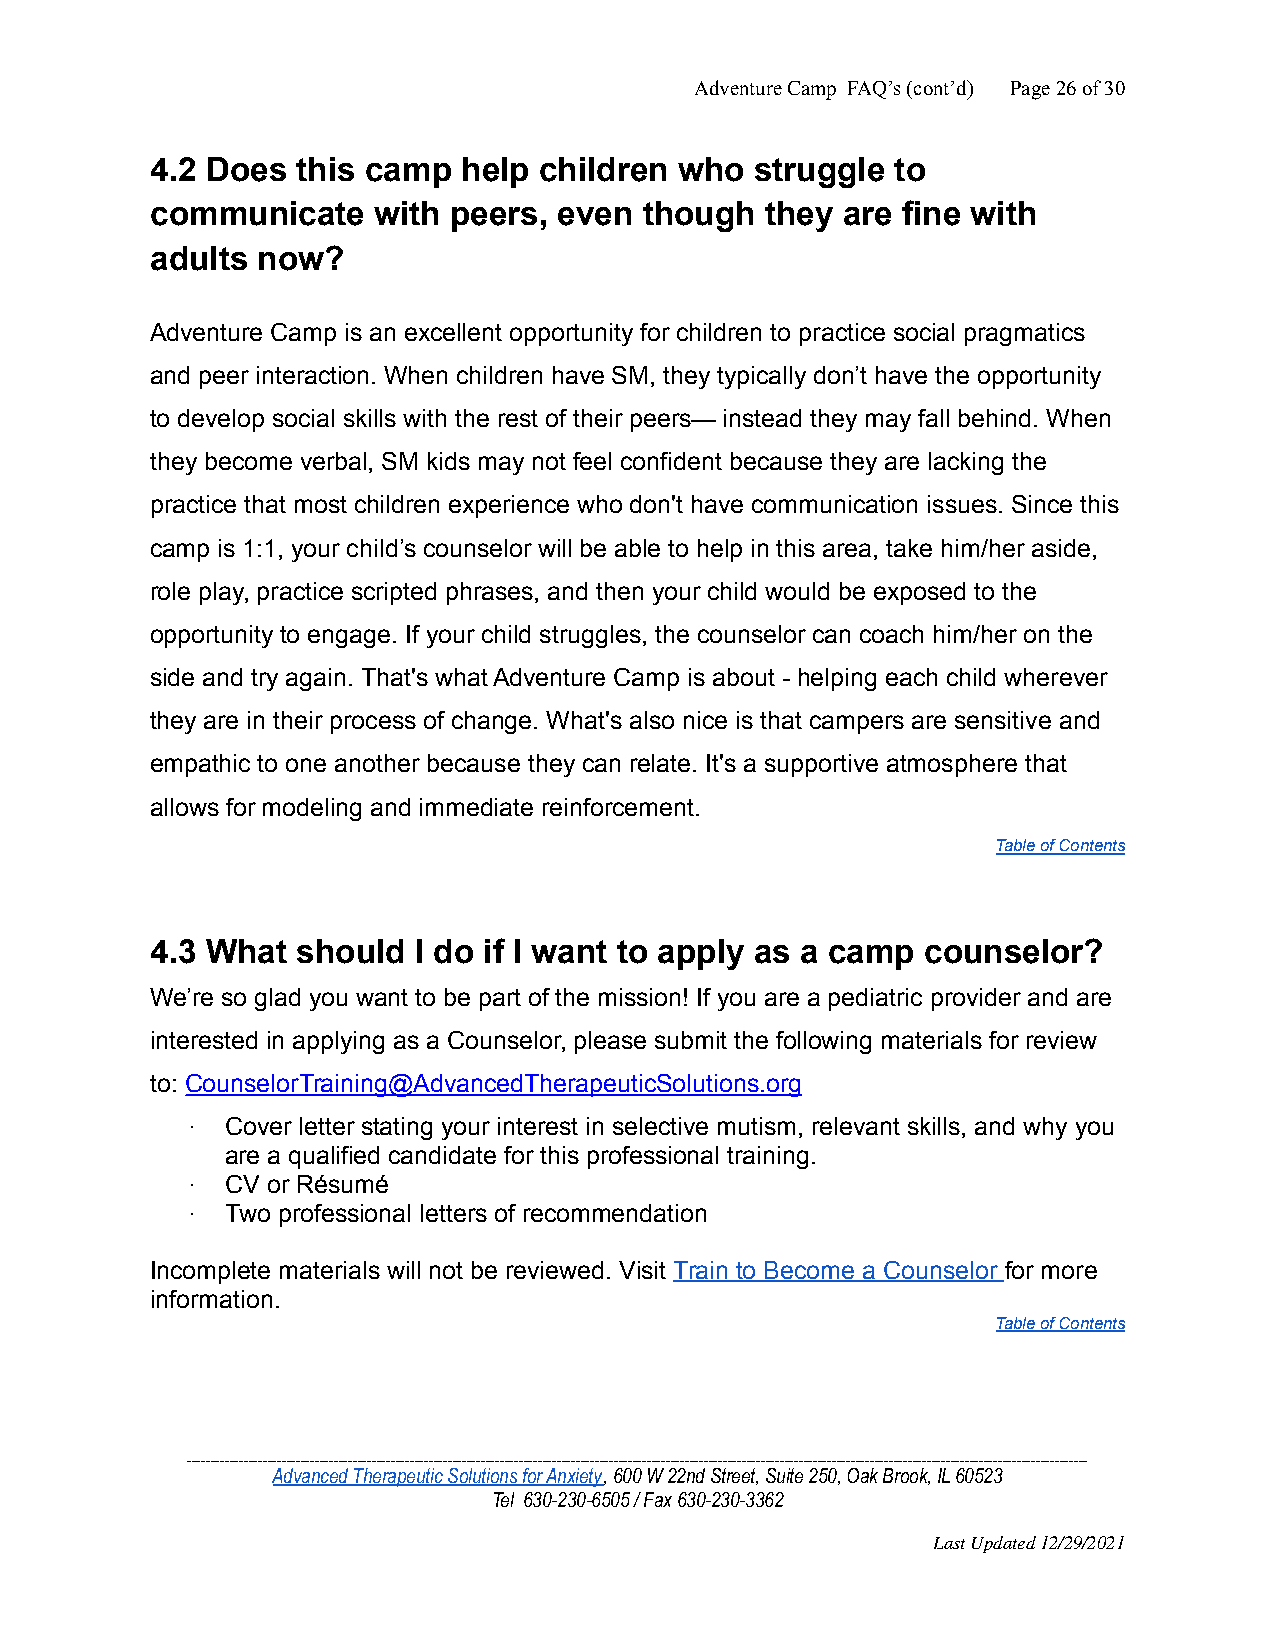
Adventure Camp FAQ’s (cont’d) Page26of30
 4.2 Does  this camp  help children who  struggle to
 communicate    with peers, even  though  they are fine with
 adults now?
 Adventure Camp is an excellent opportunity for children to practice social pragmatics
 and peer interaction. When children have SM, they typically don’t have the opportunity
 to develop social skills with the rest of their peers— instead they may fall behind. When
 they become verbal, SM kids may not feel confident because they are lacking the
 practice that most children experience who don't have communication issues. Since this
 camp is 1:1, your child’s counselor will be able to help in this area, take him/her aside,
 role play, practice scripted phrases, and then your child would be exposed to the
 opportunity to engage. If your child struggles, the counselor can coach him/her on the
 side and try again. That's what Adventure Camp is about - helping each child wherever
 they are in their process of change. What's also nice is that campers are sensitive and
 empathic to one another because they can relate. It's a supportive atmosphere that
 allows for modeling and immediate reinforcement.
 Table of Contents
 4.3 What  should I do if I want to apply as a camp counselor?
 We’re so glad you want to be part of the mission! If you are a pediatric provider and are
 interested in applying as a Counselor, please submit the following materials for review
 to: CounselorTraining@AdvancedTherapeuticSolutions.org
 ·  Cover letter stating your interest in selective mutism, relevant skills, and why you
 are a qualified candidate for this professional training.
 ·  CV or Résumé
 ·  Two professional letters of recommendation
 Incomplete materials will not be reviewed. Visit Train to Become a Counselor for more
 information.
 Table of Contents
 ______________________________________________________________________________________________________________________________________________________________________________________________
 Advanced Therapeutic Solutions for Anxiety, 600 W22nd Street, Suite 250, Oak Brook, IL 60523
 Tel 630-230-6505 / Fax 630-230-3362
 Last Updated 12/29/2021